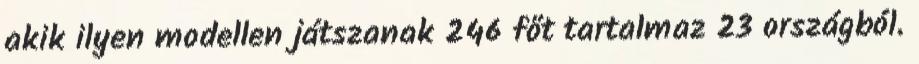
akik ilyen modellen játszanak 246 főt tartalmaz 23 országból.